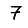
Digit: 7